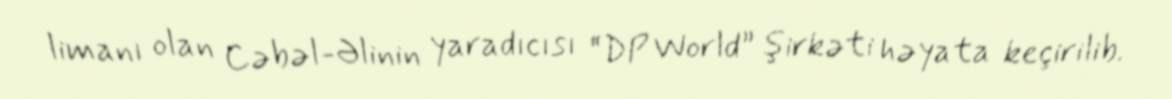
limanı olan Cəbəl-Əlinin yaradıcısı “DP World” şirkəti həyata keçirilib.